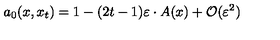
a _ { 0 } ( x , x _ { t } ) = 1 - ( 2 t - 1 ) \varepsilon \cdot A ( x ) + { \cal O } ( \varepsilon ^ { 2 } )